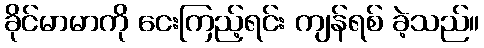
ခိုင်မာမာကို ငေးကြည့်ရင်း ကျန်ရစ် ခဲ့သည်။